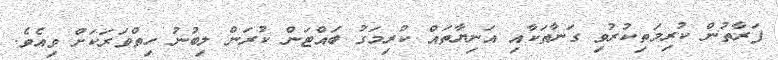
ފަރާތުން ކުރިމަތިކުރުވި ގަނާތަކާއި އަނިޔާތައް ކުރިމަގު ބައްޓަން ކުރަން ލިބުނު ހިތްވަރަކަށް ވިއެވެ.